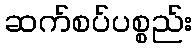
ဆက်စပ်ပစ္စည်း